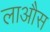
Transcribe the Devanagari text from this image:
लाऔस